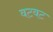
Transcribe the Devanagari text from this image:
वटवट